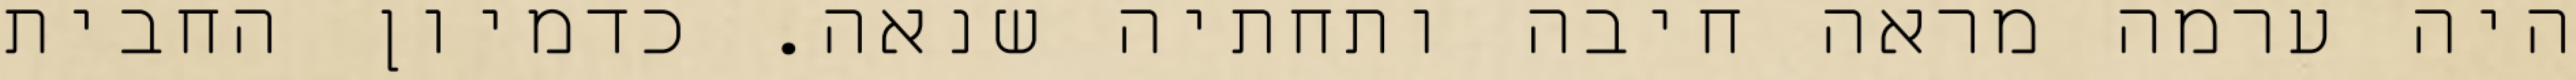
היה ערמה מראה חיבה ותחתיה שנאה. כדמיון החבית